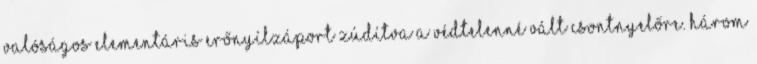
valóságos elementáris erőnyílzáport zúdítva a védtelenné vált Csontnyelőre. Három